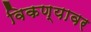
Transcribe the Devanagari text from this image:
विकण्यावर